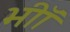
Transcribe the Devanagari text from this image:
भीॉ